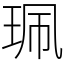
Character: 珮